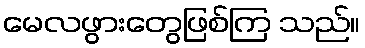
မေလဖွားတွေဖြစ်ကြ သည်။